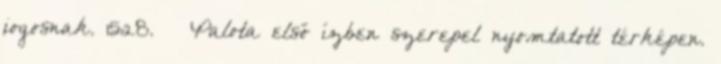
jogosnak. 1528. – Palota első ízben szerepel nyomtatott térképen.